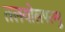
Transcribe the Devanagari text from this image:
तलयोलपरम्पु